Malaria in the Andamans - Number 56
Disease focus: Malaria
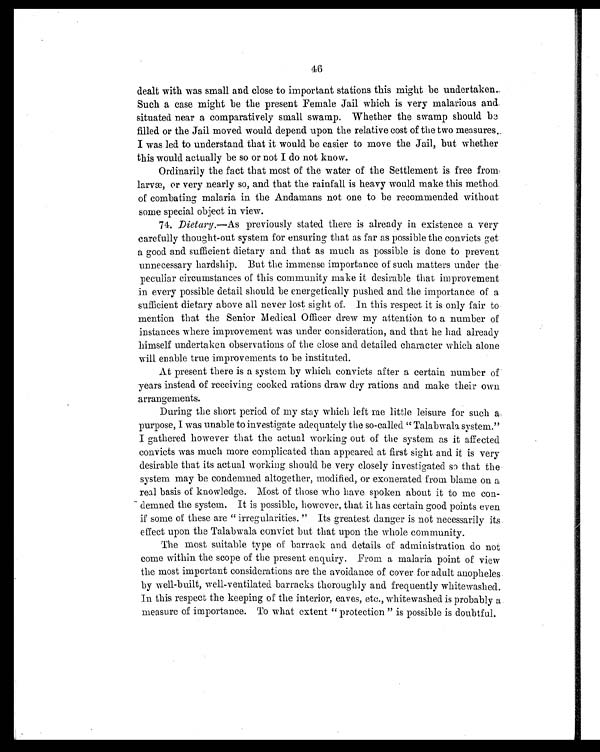
46
dealt with was small and close to important stations this might be undertaken.
Such a case might be the present Female Jail which is very malarious and.
situated near a comparatively small swamp. Whether the swamp should be
filled or the Jail moved would depend upon the relative cost of the two measures.
I was led to understand that it would be easier to move the Jail, but whether
this would actually be so or not I do not know.
Ordinarily the fact that most of the water of the Settlement is free from
larvæ, or very nearly so, and that the rainfall is heavy would make this method
of combating malaria in the Andamans not one to be recommended without
some special object in view.
74. Dietary .—As previously stated there is already in existence a very
carefully thought-out system for ensuring that as far as possible the convicts get
a good and sufficient dietary and that as much as possible is done to prevent
unnecessary hardship. But the immense importance of such matters under the
peculiar circumstances of this community make it desirable that improvement
in every possible detail should be energetically pushed and the importance of a
sufficient dietary above all never lost sight of. In this respect it is only fair to
mention that the Senior Medical Officer drew my attention to a number of
instances where improvement was under consideration, and that he had already
himself undertaken observations of the close and detailed character which alone
will enable true improvements to be instituted.
At present there is a system by which convicts after a certain number of
years instead of receiving cooked rations draw dry rations and make their own
arrangements.
During the short period of my stay which left me little leisure for such a
purpose, I was unable to investigate adequately the so-called " Talabwala system."
I gathered however that the actual working out of the system as it affected
convicts was much more complicated than appeared at first sight and it is very
desirable that its actual working should be very closely investigated so that the
system may be condemned altogether, modified, or exonerated from blame on a
real basis of knowledge. Most of those who have spoken about it to me
con-demned the system. It is possible, however, that it has certain good points even
if some of these are " irregularities. " Its greatest danger is not necessarily its
effect upon the Talabwala convict but that upon the whole community.
The most suitable type of barrack and details of administration do not
come within the scope of the present enquiry. From a malaria point of view
the most important considerations are the avoidance of cover for adult anopheles
by well-built, well-ventilated barracks thoroughly and frequently whitewashed.
In this respect the keeping of the interior, eaves, etc., whitewashed is probably a
measure of importance. To what extent " protection " is possible is doubtful.